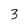
Character: 3